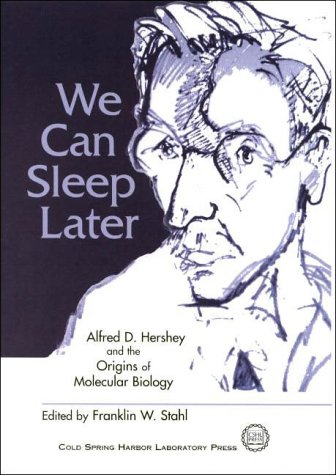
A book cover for We Can Sleep Later: Alfred D. Hershey and the Origins of Molecular Biology; Science & Math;